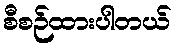
စီစဉ်ထားပါတယ်